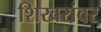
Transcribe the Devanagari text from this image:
शिखरांवर